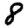
Digit: 8